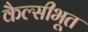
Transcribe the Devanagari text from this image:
कैल्सीभूत